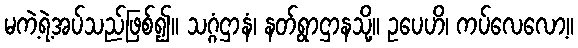
မကဲ့ရဲ့အပ်သည်ဖြစ်၍။ သဂ္ဂံဌာနံ၊ နတ်ရွာဌာနသို့။ ဥပေဟိ၊ ကပ်လေလော့။